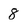
Character: 8